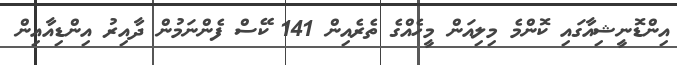
އިންޑޮނީޝިއާގައި ކޮންމެ މިލިއަން މީހެއްގެ ތެރެއިން 141 ކޭސް ފެންނަމުން ދާއިރު އިންޑިއާއިން